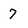
Character: 7